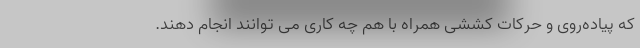
که پیاده‌روی و حرکات کششی همراه با هم چه کاری می توانند انجام دهند.